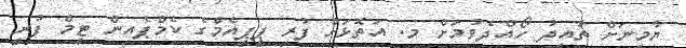
ޔާމީނަށް ތާއީދު ހޯއްދެވުމަށް މ. އަތޮޅަށް ފުރި ޕީޕީއެމްގެ ކެމްޕެއިން ޓީމް ފުރީ